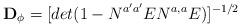
LaTeX: \begin{align*}{\bf D_\phi } = [det (1 - N^{a' a'} EN^{a, a} E)]^{-1/2} \, \,\end{align*}